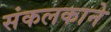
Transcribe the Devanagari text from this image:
संकलकाने